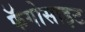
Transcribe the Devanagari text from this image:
फॅगोसाइट